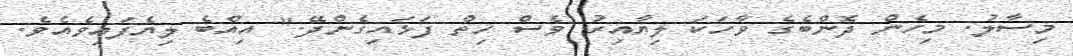
މިސާލު. މިހެން ދޮންބެގެ ވާހަކަ ލިޔާއިރު ވެސް ހިތް ފަޅައިގެންދޭ." އިއްބެ ލިޔެފައިވެއެވެ.